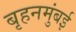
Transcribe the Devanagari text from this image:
बृहनमुंबई